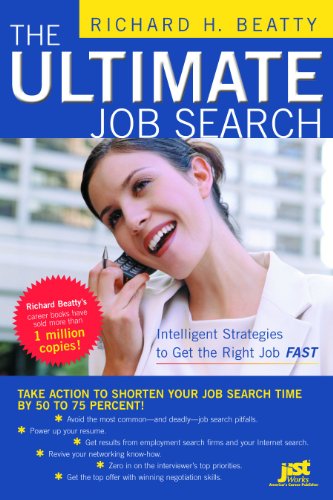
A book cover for The Ultimate Job Search: Intelligent Strategies to Get the Right Job Fast; Richard H. Beatty; Business & Money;